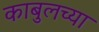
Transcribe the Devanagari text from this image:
काबुलच्या